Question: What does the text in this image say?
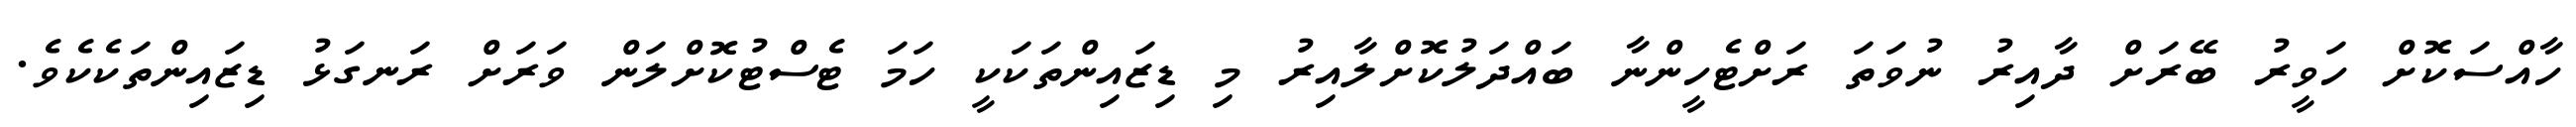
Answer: ހާއްސަކޮށް ހަވީރު ބޭރަށް ދާއިރު ނުވަތަ ރަށްޓެހީންނާ ބައްދަލުކޮށްލާއިރު މި ޑިޒައިންތަކަކީ ހަމަ ޓެސްޓުކޮށްލަން ވަރަށް ރަނގަޅު ޑިޒައިންތަކެކެވެ.